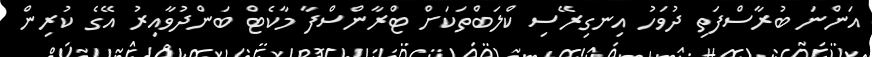
އަންނަ ބުރާސްފަތި ދުވަހު އިނގިރޭސި ކްލަބްތަކަށް ޓްރާންސްފާ މާކެޓް ބަންދުވާއިރު އޭގެ ކުރިން